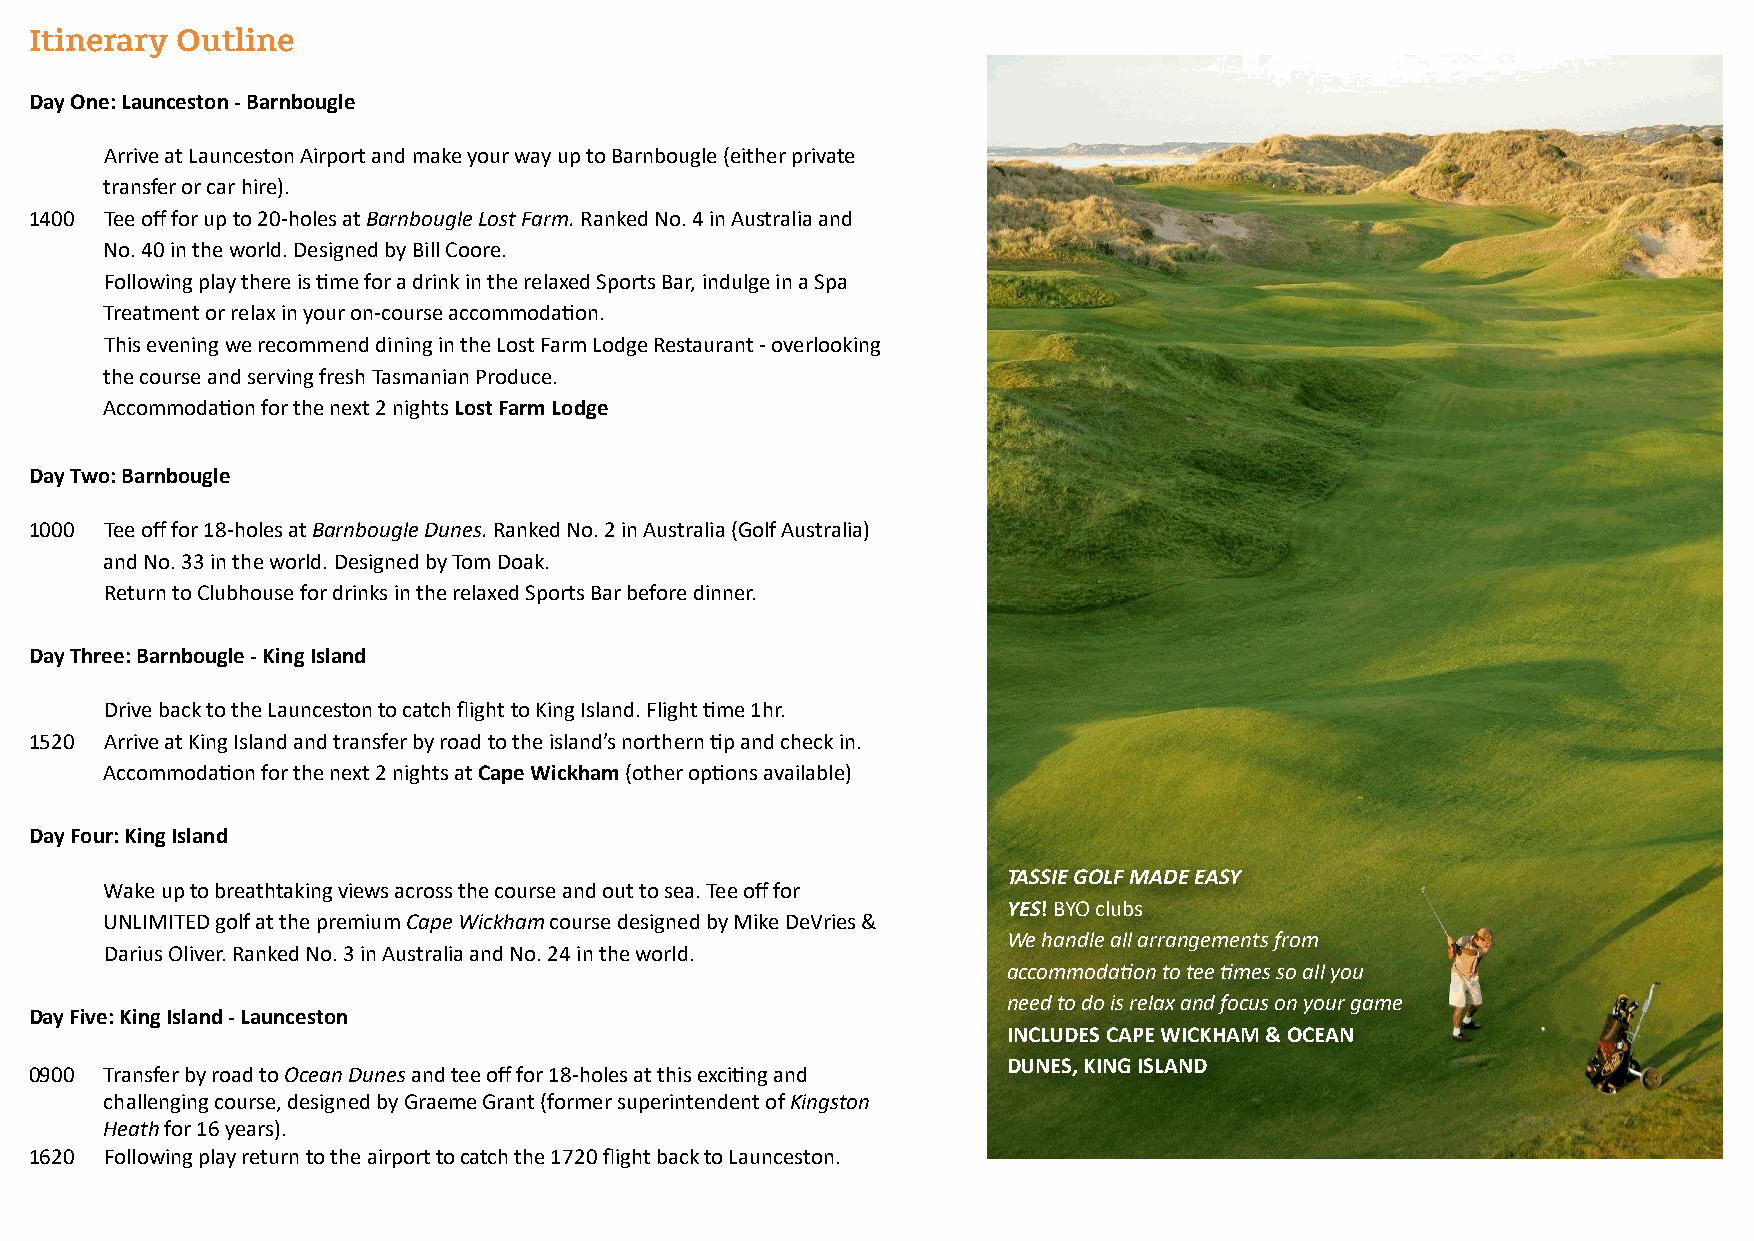
Itinerary Outline
 Day One: Launceston - Barnbougle
 Arrive at Launceston Airport and make your way up to Barnbougle (either private
 transfer or car hire).
 1400 Tee off for up to 20-holes at Barnbougle Lost Farm. Ranked No. 4 in Australia and
 No. 40 in the world. Designed by Bill Coore.
 Following play there is Lme for a drink in the relaxed Sports Bar, indulge in a Spa
 Treatment or relax in your on-course accommodaLon.
 This evening we recommend dining in the Lost Farm Lodge Restaurant - overlooking
 the course and serving fresh Tasmanian Produce.
 AccommodaLon for the next 2 nights Lost Farm Lodge
 Day Two: Barnbougle
 1000 Tee off for 18-holes at Barnbougle Dunes. Ranked No. 2 in Australia (Golf Australia)
 and No. 33 in the world. Designed by Tom Doak.
 Return to Clubhouse for drinks in the relaxed Sports Bar before dinner.
 Day Three: Barnbougle - King Island
 Drive back to the Launceston to catch flight to King Island. Flight Lme 1hr.
 1520 Arrive at King Island and transfer by road to the island’s northern Lp and check in.
 AccommodaLon for the next 2 nights at Cape Wickham (other opLons available)
 Day Four: King Island
 TASSIE GOLF MADE EASY
 Wake up to breathtaking views across the course and out to sea. Tee off for
 YES! BYO clubs
 UNLIMITED golf at the premium Cape Wickham course designed by Mike DeVries &
 We handle all arrangements from
 Darius Oliver. Ranked No. 3 in Australia and No. 24 in the world.
 accommoda1on to tee 1mes so all you
 need to do is relax and focus on your game
 Day Five: King Island - Launceston
 INCLUDES CAPE WICKHAM & OCEAN
 DUNES, KING ISLAND
 0900 Transfer by road to Ocean Dunes and tee off for 18-holes at this exciLng and
 challenging course, designed by Graeme Grant (former superintendent of Kingston
 Heath for 16 years).
 1620 Following play return to the airport to catch the 1720 flight back to Launceston.